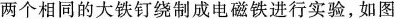
两个相同的大铁钉绕制成电磁铁进行实验，如图